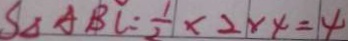
S _ { \Delta A B C } = \frac { 1 } { 2 } \times 2 \times 4 = 4